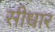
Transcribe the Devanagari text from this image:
सीधार